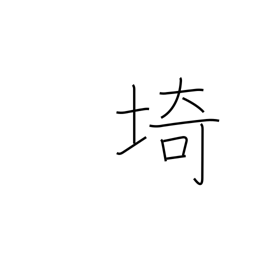
Meaning: cape